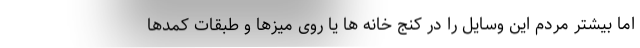
اما بیشتر مردم این وسایل را در کنج خانه ها یا روی میزها و طبقات کمدها